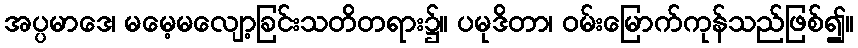
အပ္ပမာဒေ၊ မမေ့မလျော့ခြင်းသတိတရား၌။ ပမုဒိတာ၊ ဝမ်းမြောက်ကုန်သည်ဖြစ်၍။